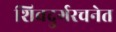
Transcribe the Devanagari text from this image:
शिवदुर्गरचनेत